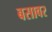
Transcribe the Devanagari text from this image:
बसावर